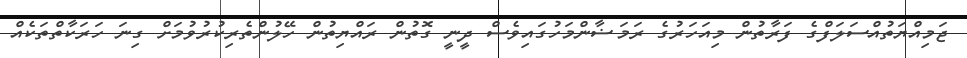
ޖަމިއްޔަތުއްސަލަފްގެ ފަރާތުން މިއަހަރުގެ ރަމަޟާންމަހުގައިވެސް ދީނީ ގޮތުން ރައްޔިތުން ހޭލުންތެރިކުރުވުމަށް ގިނަ ހަރަކާތްތަކެއް